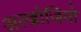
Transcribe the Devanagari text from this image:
अल्ब्रोजियो